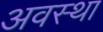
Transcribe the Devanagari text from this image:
अवस्‍था